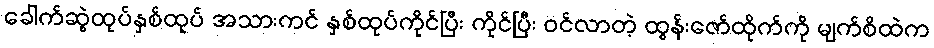
ခေါက်ဆွဲထုပ်နှစ်ထုပ် အသားကင် နှစ်ထုပ်ကိုင်ပြီး ကိုင်ပြီး ဝင်လာတဲ့ ထွန်းဇော်ထိုက်ကို မျက်စိထဲက